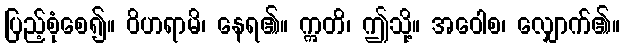
ပြည့်စုံစေ၍။ ဝိဟရာမိ၊ နေရ၏။ ဣတိ၊ ဤသို့။ အဝေါစ၊ လျှောက်၏။